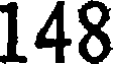
148